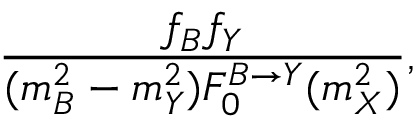
\frac { f _ { B } f _ { Y } } { ( m _ { B } ^ { 2 } - m _ { Y } ^ { 2 } ) F _ { 0 } ^ { B \to Y } ( m _ { X } ^ { 2 } ) } ,